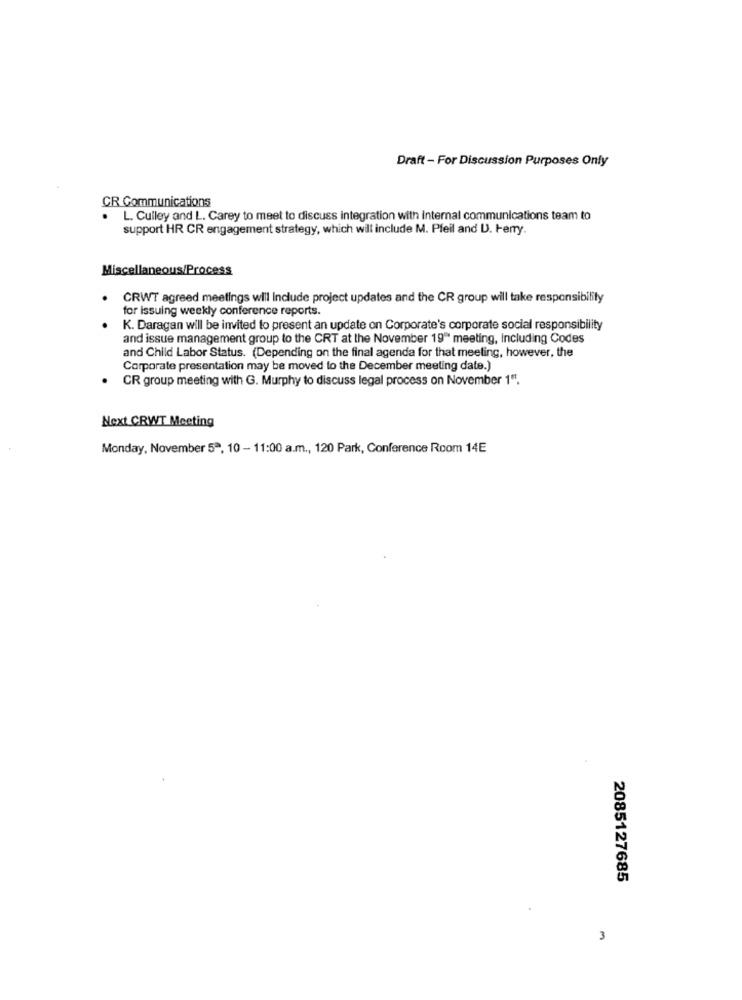
Draft - For Discussion Purposes Only
CR Communications
.
L. Cuiley and L. Carey to meet to discuss integration with internal communications team to
support HR CR engagement strategy, which will include M. Pfeil and U. Herry
Miscellaneous/Process
CRWT agreed meetings will Include project updates and the CR group will take responsibility
for issuing weekly conference reports.
K. Daragan will be invited to present an update on Corporate's corporate social responsibility
and issue management group to the CRT at the November 19" meeting, Including Codes
and Child Labor Status. (Depending on the final agenda for that meeting, however, the
Corporate presentation may be moved to the December meeting date.)
. CR group meeting with G. Murphy to discuss legal process on November 1".
Next CRWT Meeting
Monday, November 5ª, 10 - 11:00 a.m ., 120 Park, Conference Room 14E
2085127685
3